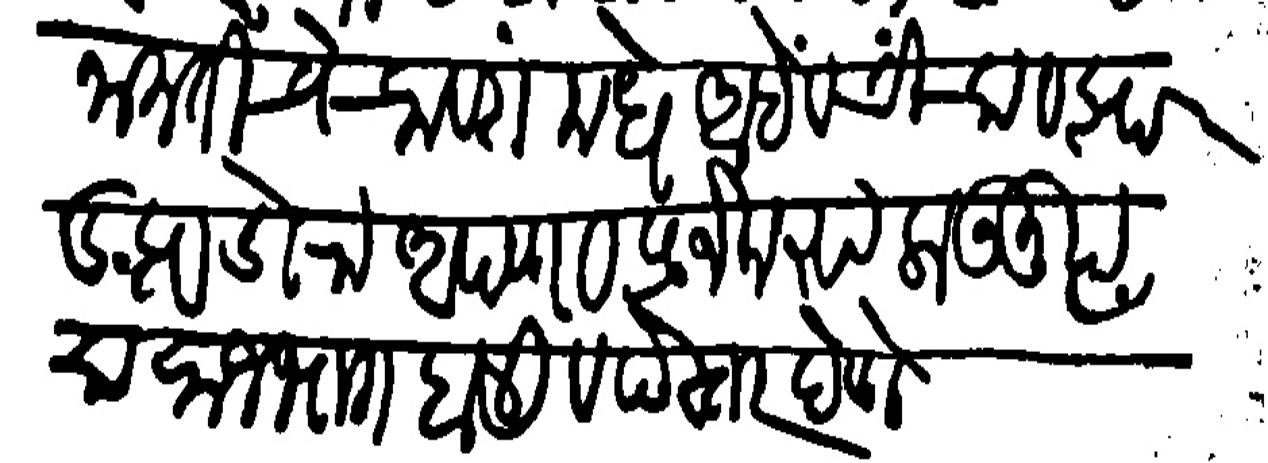
Transliteration (Devanagari): इनामतीचे चावरांमधे आंबे व चिंचा व झाडझाडोरा आपण व प्रजेकरुन लाऊनु त्याचा राजमाग हाली व पेस्तर देणे